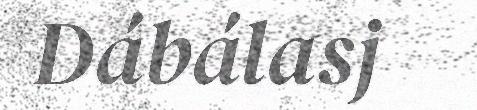
Dábálasj